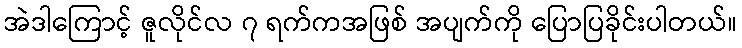
အဲဒါကြောင့် ဇူလိုင်လ ၇ ရက်ကအဖြစ် အပျက်ကို ပြောပြခိုင်းပါတယ်။